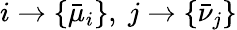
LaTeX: i\rightarrow\{ \bar{\mu}_{i}\} ,~j\rightarrow\{ \bar{\nu}_{j}\}